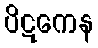
ပိဋကေန